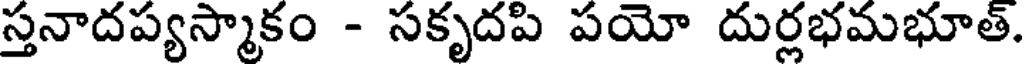
స్తనాదప్యస్మాకం - సకృదపి పయో దుర్లభమభూత్.